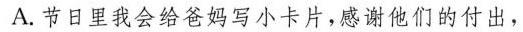
A.节日里我会给爸妈写小卡片，感谢他们的付出，